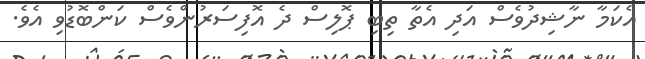
އެކަމާ ނާޝިދުވެސް އަދި އެތާ ތިބި ޕޮލިސް ދެ އޮފިސަރުންވެސް ކަންބޮޑުވި އެވެ.